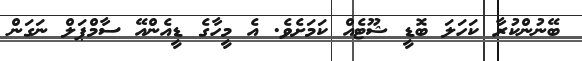
ބޭނުންކުރާ ކަހަލަ ބޮޑީ ޝޫޓެއް ކަމަށެވެ. އެ މީހާގެ ޑީއެންއޭ ސާމްޕަލް ނަގަން